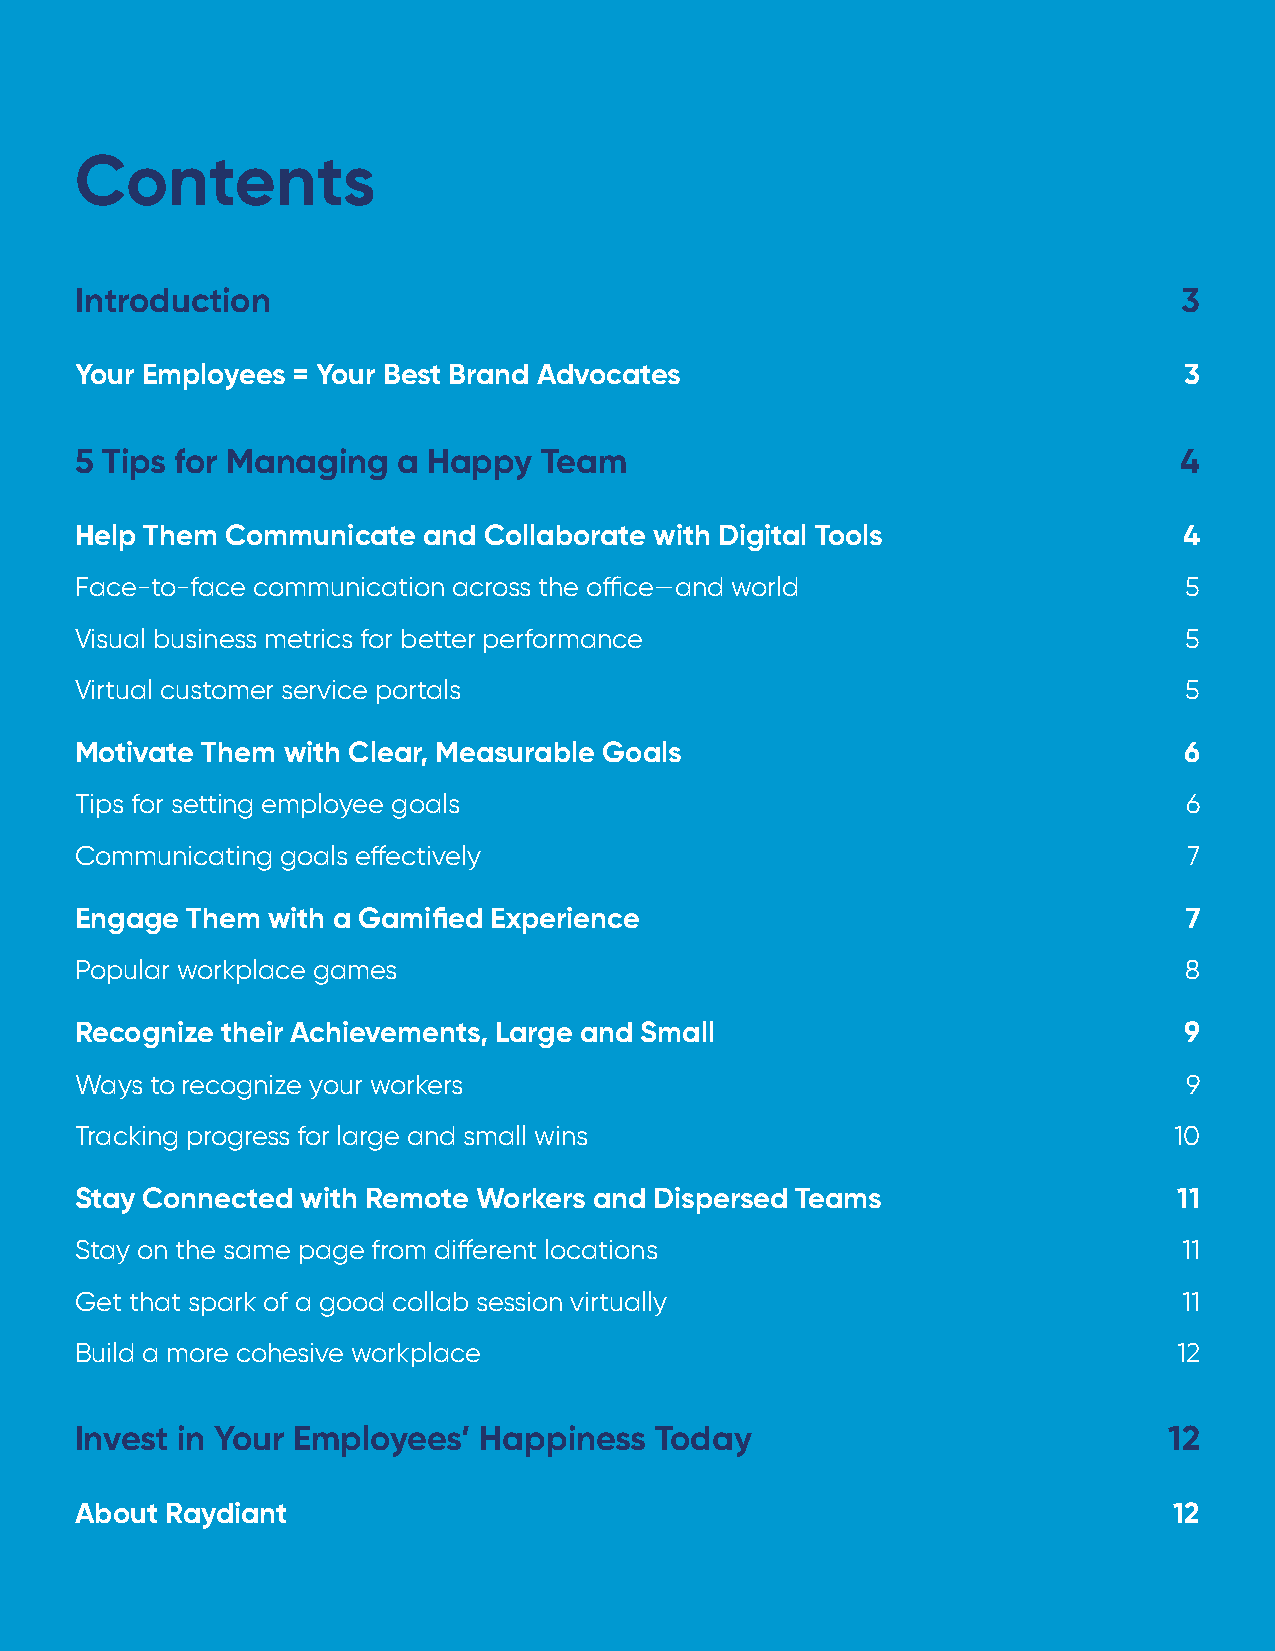
Contents
 Introduction                                                             3
 Your Employees = Your Best Brand Advocates                               3
 5 Tips for Managing  a Happy   Team                                      4
 Help Them Communicate  and Collaborate with Digital Tools                4
 Face-to-face communication across the office—and world                   5
 Visual business metrics for better performance                           5
 Virtual customer service portals                                         5
 Motivate Them with Clear, Measurable Goals                               6
 Tips for setting employee goals                                          6
 Communicating goals effectively                                           7
 Engage Them  with a Gamified Experience                                   7
 Popular workplace games                                                  8
 Recognize their Achievements, Large and Small                            9
 Ways to recognize your workers                                           9
 Tracking progress for large and small wins                               10
 Stay Connected with Remote Workers and Dispersed Teams                   11
 Stay on the same page from different locations                           11
 Get that spark of a good collab session virtually                        11
 Build a more cohesive workplace                                          12
 Invest in Your Employees’  Happiness  Today                             12
 About Raydiant                                                           12